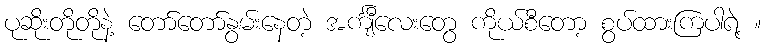
ပုဆိုးတိုတိုနဲ့ တော်တော်နွမ်းနေတဲ့ အင်္ကျီလေးတွေ ကိုယ်စီတော့ စွပ်ထားကြပါရဲ့ ။